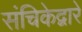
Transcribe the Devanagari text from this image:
संचिकेद्वारे